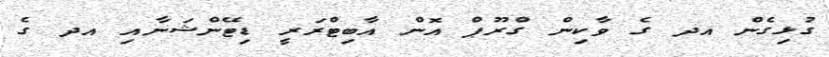
ގުޅިގެން އދ ގެ ވާކިން ގްރޫޕް އޮން އާބިޓްރަރީ ޑިޓޭންޝަނާއި އދ ގެ